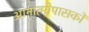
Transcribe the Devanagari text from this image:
आनात्मोपासकों